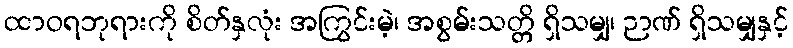
ထာဝရဘုရားကို စိတ်နှလုံး အကြွင်းမဲ့၊ အစွမ်းသတ္တိ ရှိသမျှ၊ ဉာဏ် ရှိသမျှနှင့်